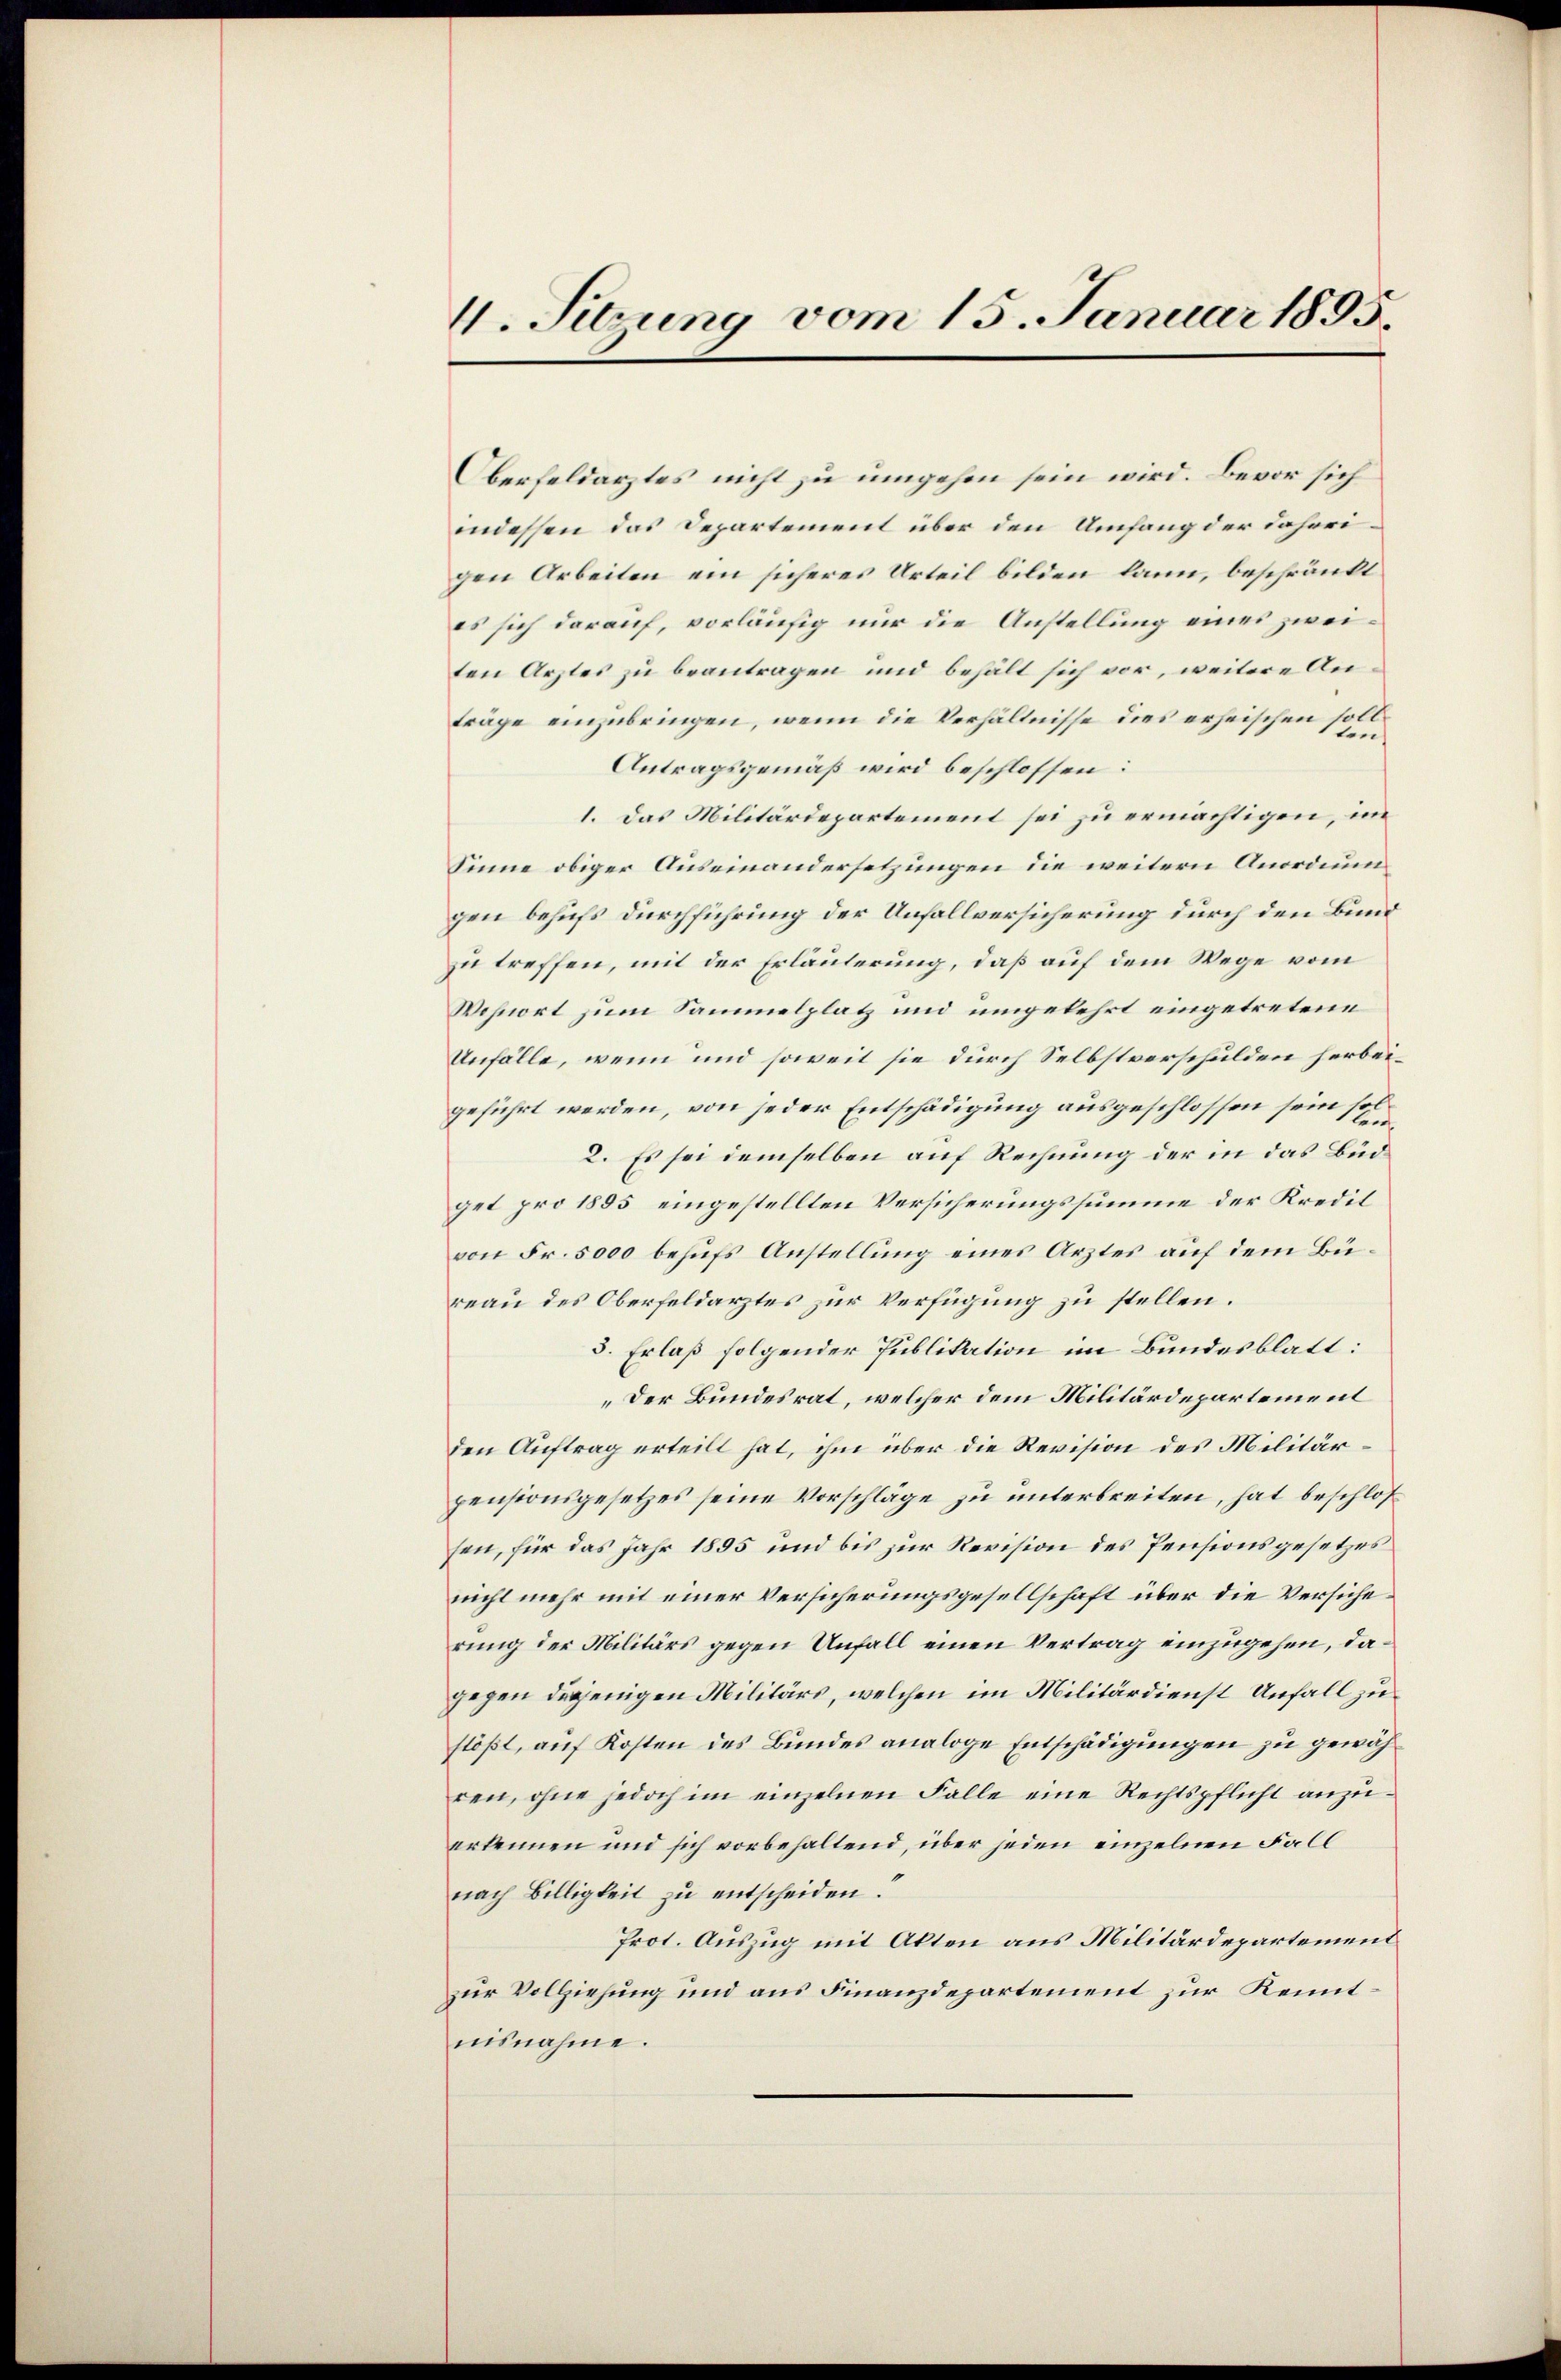
4. Sitzung vom 15. Januar 1895.

Oberfeldarztes nicht zu umgehen sein wird. Bevor sich
indessen das Departement über den Umfang der daherigen Arbeiten ein sicheres Urteil bilden kann, beschränkt
es sich darauf, vorläufig nur die Anstellung eines zweiten Arztes zu beantragen und behält sich vor, weitere Anträge einzubringen, wenn die Verhältnisse dies erheischen soll¬
Antragsgemäß wird beschlossen:
1. Das Militärdepartement sei zu ermächtigen, im
Sinne obiger Auseinandersetzungen die weitern Anordnungen behufs durchführung der Unfallversicherung durch den Bund
zu treffen, mit der Erläuterung, daß auf dem Wege vom
Wohnort zum Sammelplatz und umgekehrt eingetretene
Unfälle, wenn und soweit sie durch Selbstverschulden herbeigeführt werden, von jeder Entschädigung ausgeschlossen sein sol¬
2. Es sei demselben auf Rechnung der in das Büdget pro 1855 eingestellten Versicherungssumme der Kredil
von Fr. 5000 behufs Anstellung eines Arztes auf dem Büreau des Oberfeldarztes zur Verfügung zu stellen.
5. Erlaß folgender Publikation im Bundesblatt:
„Der Bundesrat, welcher dem Militärdepartement
den Auftrag erteilt hat, ihm über die Revision des Militärpensionsgesetzes seine Vorschläge zu unterbreiten, hat beschlos
sen, für das Jahr 1895 und bis zur Revision des Pensionsgesetzes
nicht mehr mit einer Versicherungsgesellschaft über die Versicherung der Militärs gegen Unfall einen Vertrag einzugehen, dagegen derjenigen Militärs, welchen im Militärdienst Unfall zu
flößt, auf Kosten des Bundes analoge Entschädigungen zu gewähren, ohne jedoch im einzelnen Falle eine Rechtspflicht anzŭ-
erkennen und sich vorbehaltend, über jeden einzelnen Fall
nach Billigkeit zu entscheiden.
Prot. Auszug mit Akten aus Militärdepartement
zur Vollziehung und aus Finanzdepartement zur Kenntnisnahme.